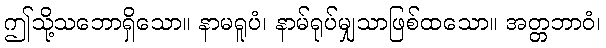
ဤသို့သဘောရှိသော။ နာမရူပံ၊ နာမ်ရုပ်မျှသာဖြစ်ထသော။ အတ္တဘာဝံ၊